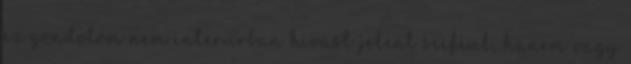
ez gondolom nem interurban hivast jelent scifiul, hanem vagy